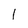
Character: 1